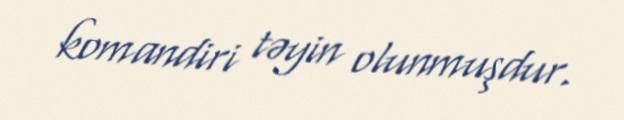
komandiri təyin olunmuşdur.